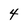
Character: 4